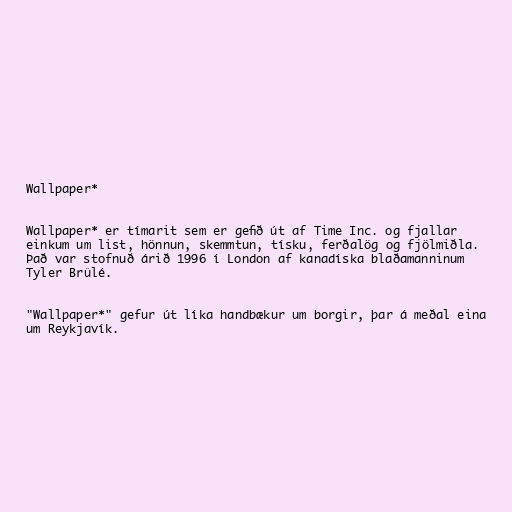
Wallpaper*

Wallpaper* er tímarit sem er gefið út af Time Inc. og fjallar
einkum um list, hönnun, skemmtun, tísku, ferðalög og fjölmiðla.
Það var stofnuð árið 1996 í London af kanadíska blaðamanninum
Tyler Brûlé.

"Wallpaper*" gefur út líka handbækur um borgir, þar á meðal eina
um Reykjavík.